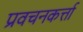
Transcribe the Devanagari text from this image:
प्रवचनकर्त्ता